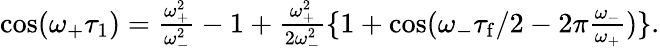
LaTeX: \begin{array}{r}{\cos(\omega_{+}\tau_{1})=\frac{\omega_{+}^{2}}{\omega_{-}^{2}}-1+\frac{\omega_{+}^{2}}{2\omega_{-}^{2}}\{ 1+\cos(\omega_{-}\tau_{\mathrm{f}}/2-2\pi\frac{\omega_{-}}{\omega_{+}})\} .}\end{array}